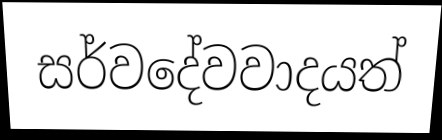
සර්වදේවවාදයත්